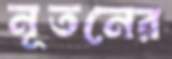
নূতনের